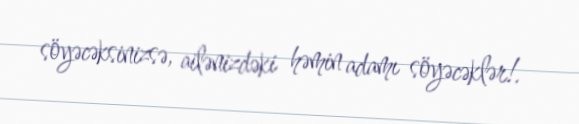
söyəcəksinizsə, ailənizdəki həmin adamı söyəcəklər!.